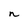
Character: n